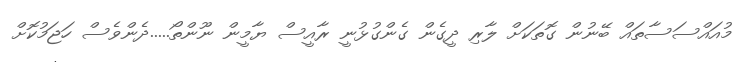
މުއައްސަސާތައް ބޭނުން ގޮތަކަށް ލާރި ދީގެން ގެންގުޅުނީ ރާއީސް ޔާމީން ނޫންތޯ.....ދެންވެސް ހަޖަމުކޮށް